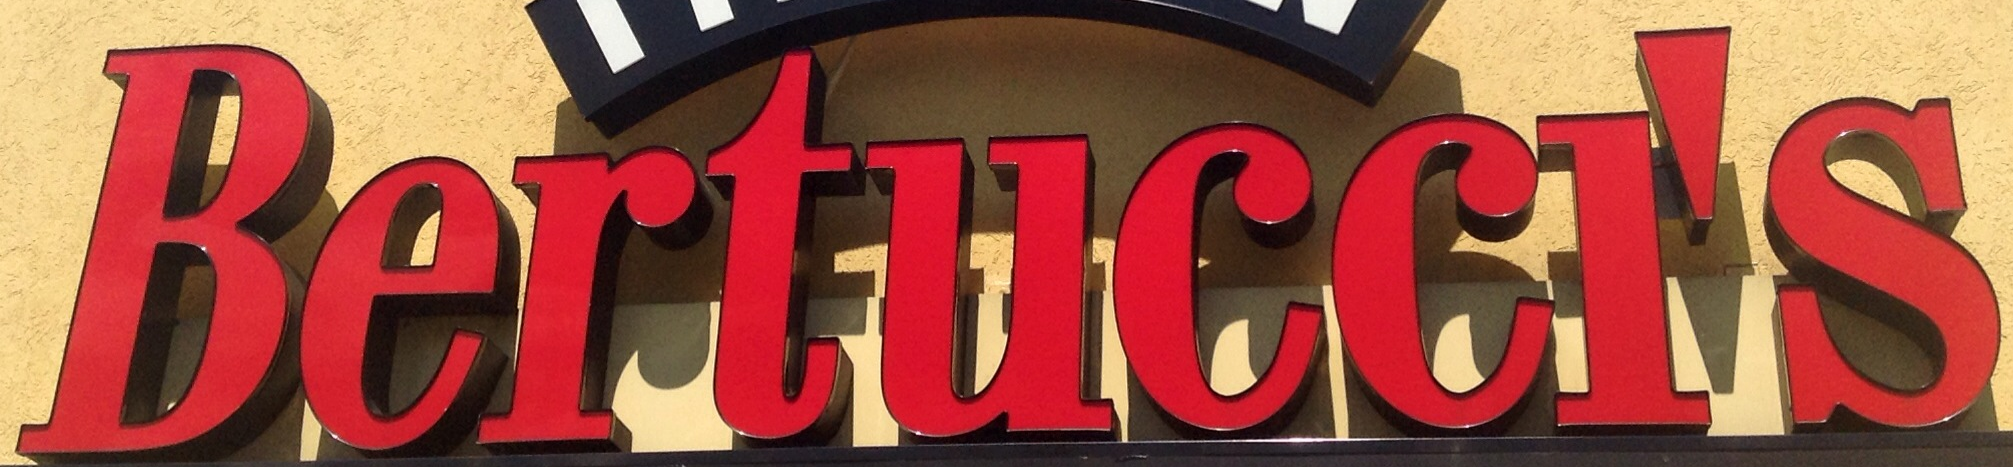
Bertuccl's